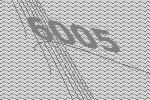
6005